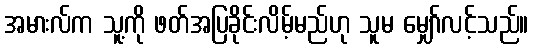
အမားလ်က သူ့ကို ဖတ်အပြခိုင်းလိမ့်မည်ဟု သူမ မျှော်လင့်သည်။